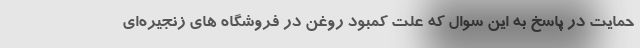
حمایت در پاسخ به این سوال که علت کمبود روغن در فروشگاه های زنجیره‌ای